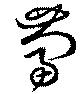
蔔